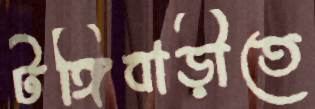
টঙ্গিবাড়ীতে